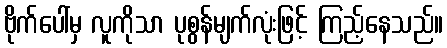
ဗိုက်ပေါ်မှ လူကိုသာ ပုစွန်မျက်လုံးဖြင့် ကြည့်နေသည်။